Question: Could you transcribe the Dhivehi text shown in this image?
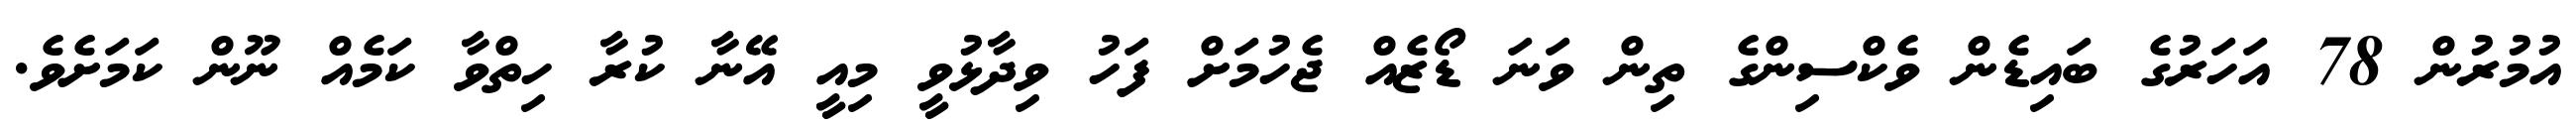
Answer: އުމުރުން 78 އަހަރުގެ ބައިޑެން ވެކްސިންގެ ތިން ވަނަ ޑޯޒެއް ޖެހުމަށް ފަހު ވިދާޅުވީ މިއީ އޭނާ ކުރާ ހިތްވާ ކަމެއް ނޫން ކަމަށެވެ.